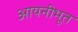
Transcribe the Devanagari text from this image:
आयनीभूत